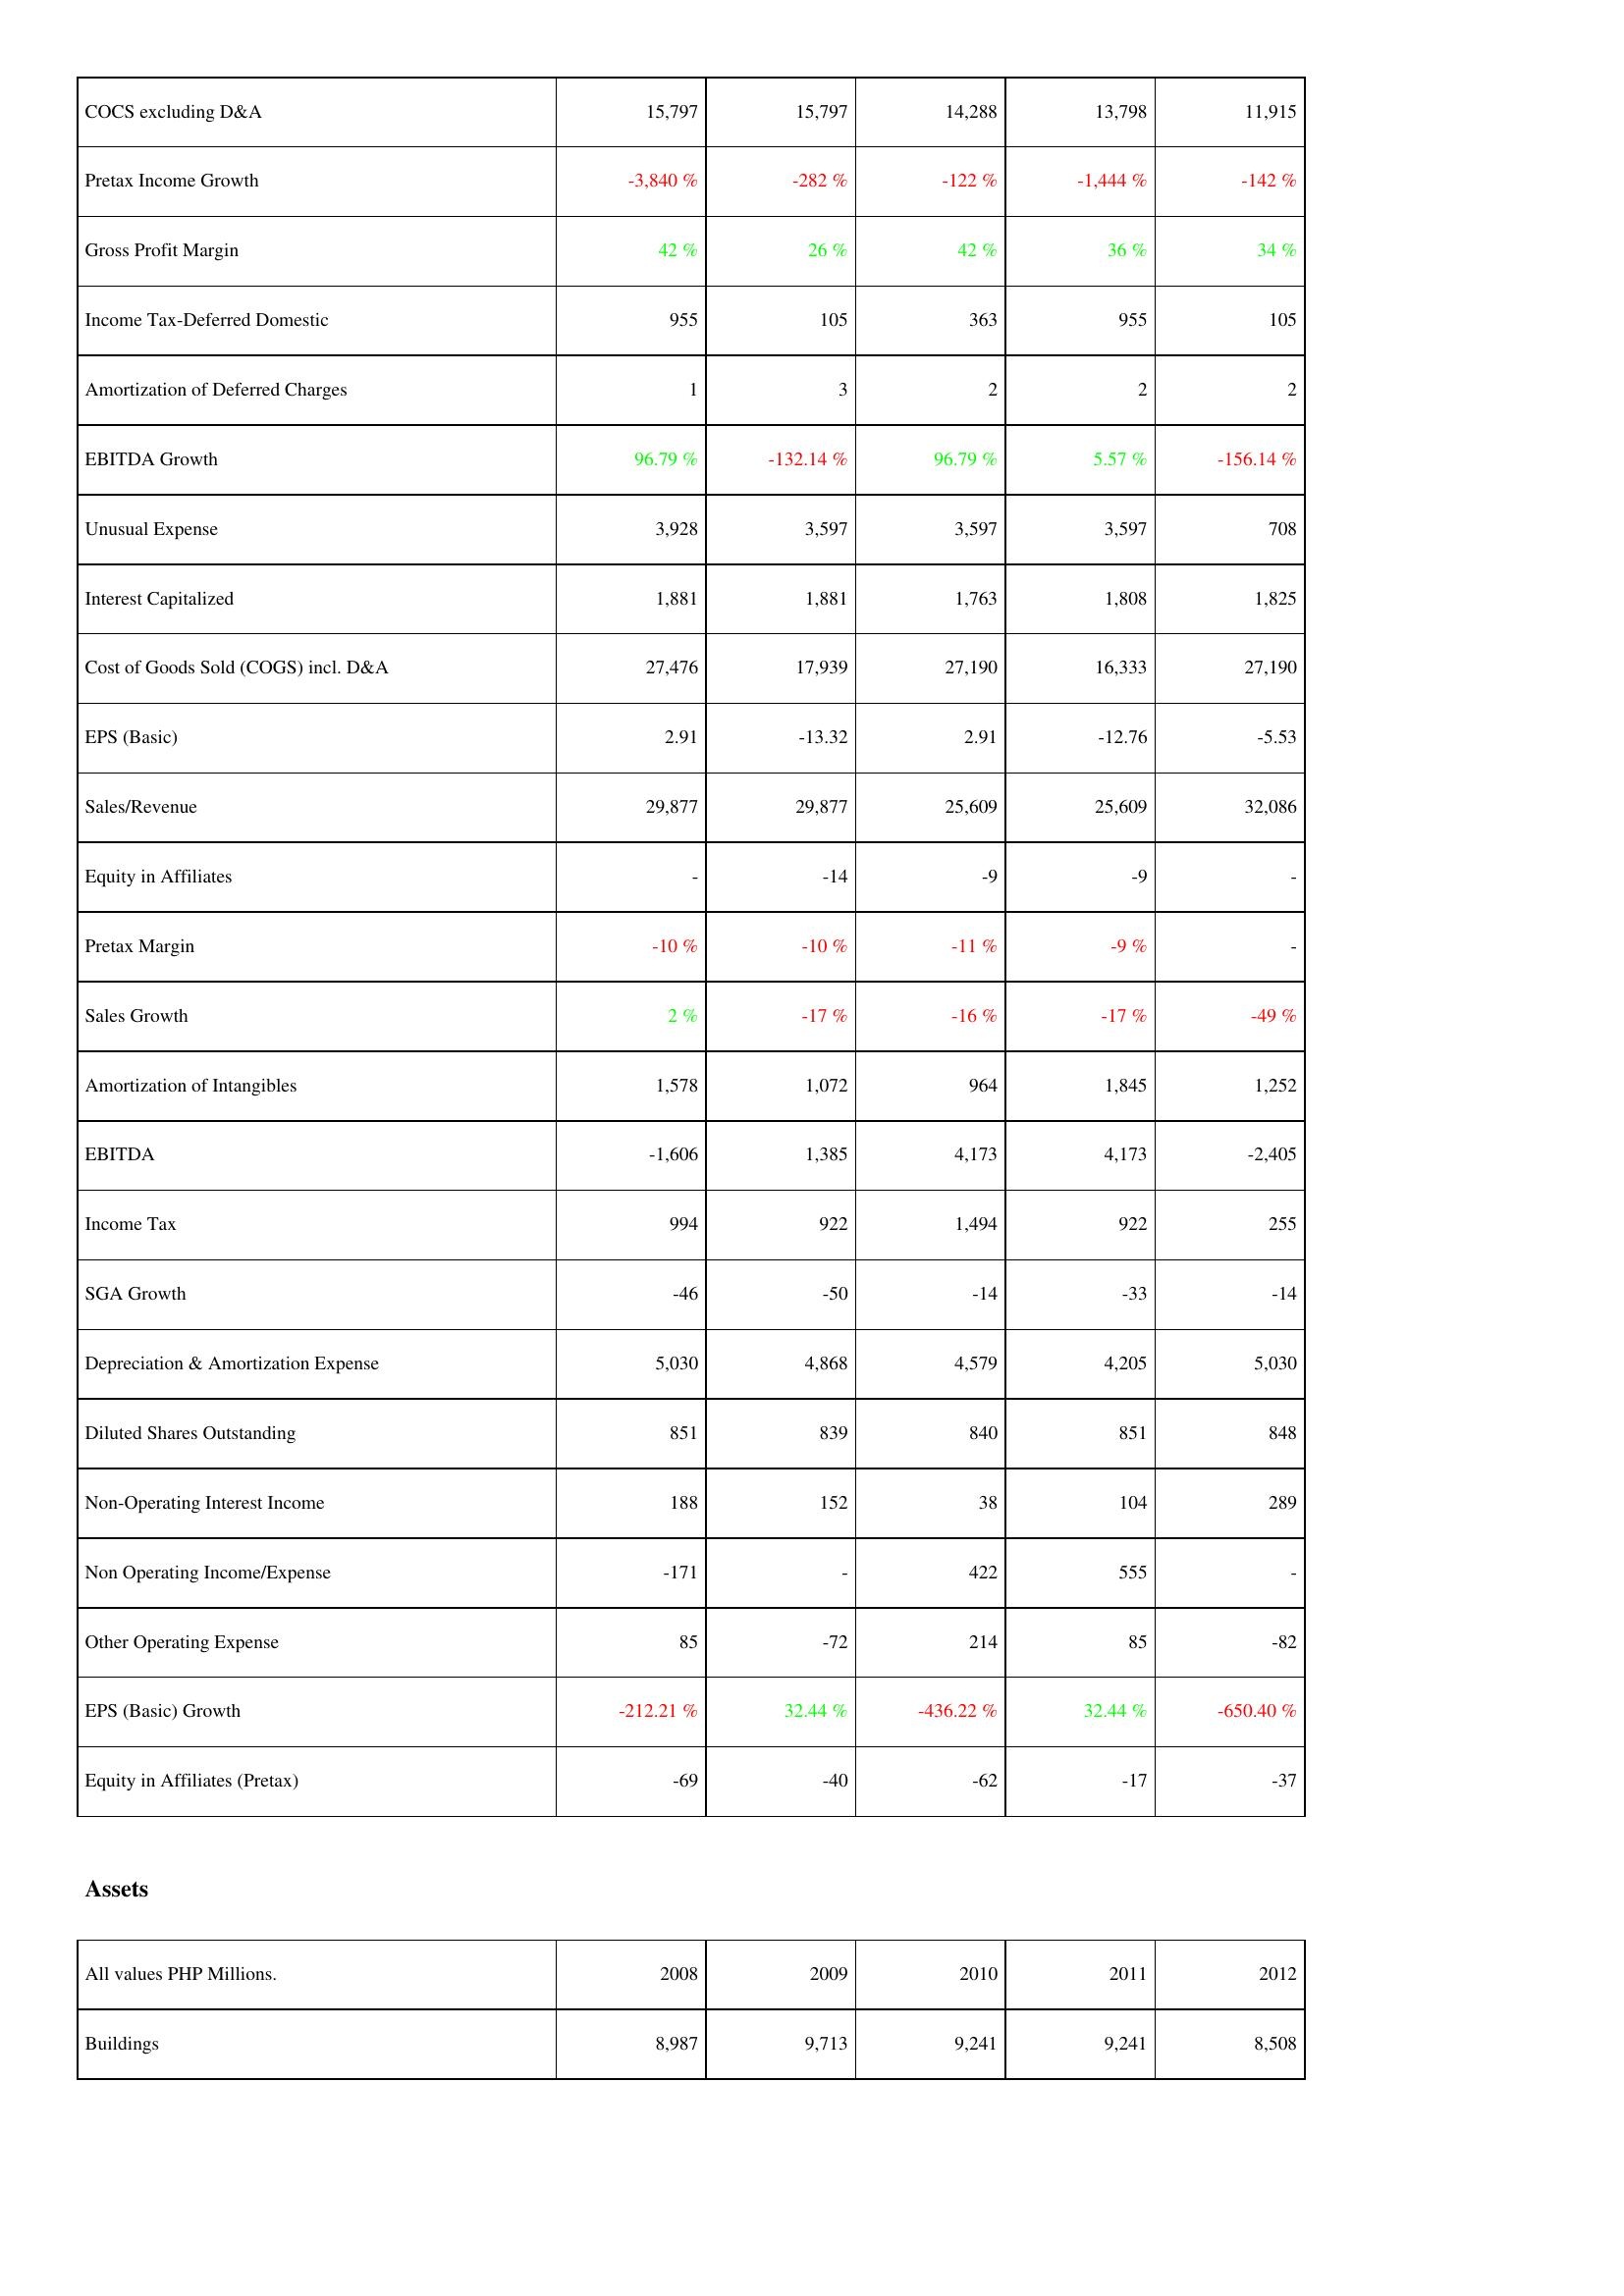
2008: Income Statement: COCS excluding D&A: 15,797
Pretax Income Growth: -3,840 %
Gross Profit Margin: 42 %
Income Tax-Deferred Domestic: 955
Amortization of Deferred Charges: 1
EBITDA Growth: 96.79 %
Unusual Expense: 3,928
Interest Capitalized: 1,881
Cost of Goods Sold (COGS) incl. D&A: 27,476
EPS (Basic): 2.91
Sales/Revenue: 29,877
Equity in Affiliates: -
Pretax Margin: -10 %
Sales Growth: 2 %
Amortization of Intangibles: 1,578
EBITDA: -1,606
Income Tax: 994
SGA Growth: -46
Depreciation & Amortization Expense: 5,030
Diluted Shares Outstanding: 851
Non-Operating Interest Income: 188
Non Operating Income/Expense: -171
Other Operating Expense: 85
EPS (Basic) Growth: -212.21 %
Equity in Affiliates (Pretax): -69
Assets: Buildings: 8,987
2009: Income Statement: COCS excluding D&A: 15,797
Pretax Income Growth: -282 %
Gross Profit Margin: 26 %
Income Tax-Deferred Domestic: 105
Amortization of Deferred Charges: 3
EBITDA Growth: -132.14 %
Unusual Expense: 3,597
Interest Capitalized: 1,881
Cost of Goods Sold (COGS) incl. D&A: 17,939
EPS (Basic): -13.32
Sales/Revenue: 29,877
Equity in Affiliates: -14
Pretax Margin: -10 %
Sales Growth: -17 %
Amortization of Intangibles: 1,072
EBITDA: 1,385
Income Tax: 922
SGA Growth: -50
Depreciation & Amortization Expense: 4,868
Diluted Shares Outstanding: 839
Non-Operating Interest Income: 152
Non Operating Income/Expense: -
Other Operating Expense: -72
EPS (Basic) Growth: 32.44 %
Equity in Affiliates (Pretax): -40
Assets: Buildings: 9,713
2010: Income Statement: COCS excluding D&A: 14,288
Pretax Income Growth: -122 %
Gross Profit Margin: 42 %
Income Tax-Deferred Domestic: 363
Amortization of Deferred Charges: 2
EBITDA Growth: 96.79 %
Unusual Expense: 3,597
Interest Capitalized: 1,763
Cost of Goods Sold (COGS) incl. D&A: 27,190
EPS (Basic): 2.91
Sales/Revenue: 25,609
Equity in Affiliates: -9
Pretax Margin: -11 %
Sales Growth: -16 %
Amortization of Intangibles: 964
EBITDA: 4,173
Income Tax: 1,494
SGA Growth: -14
Depreciation & Amortization Expense: 4,579
Diluted Shares Outstanding: 840
Non-Operating Interest Income: 38
Non Operating Income/Expense: 422
Other Operating Expense: 214
EPS (Basic) Growth: -436.22 %
Equity in Affiliates (Pretax): -62
Assets: Buildings: 9,241
2011: Income Statement: COCS excluding D&A: 13,798
Pretax Income Growth: -1,444 %
Gross Profit Margin: 36 %
Income Tax-Deferred Domestic: 955
Amortization of Deferred Charges: 2
EBITDA Growth: 5.57 %
Unusual Expense: 3,597
Interest Capitalized: 1,808
Cost of Goods Sold (COGS) incl. D&A: 16,333
EPS (Basic): -12.76
Sales/Revenue: 25,609
Equity in Affiliates: -9
Pretax Margin: -9 %
Sales Growth: -17 %
Amortization of Intangibles: 1,845
EBITDA: 4,173
Income Tax: 922
SGA Growth: -33
Depreciation & Amortization Expense: 4,205
Diluted Shares Outstanding: 851
Non-Operating Interest Income: 104
Non Operating Income/Expense: 555
Other Operating Expense: 85
EPS (Basic) Growth: 32.44 %
Equity in Affiliates (Pretax): -17
Assets: Buildings: 9,241
2012: Income Statement: COCS excluding D&A: 11,915
Pretax Income Growth: -142 %
Gross Profit Margin: 34 %
Income Tax-Deferred Domestic: 105
Amortization of Deferred Charges: 2
EBITDA Growth: -156.14 %
Unusual Expense: 708
Interest Capitalized: 1,825
Cost of Goods Sold (COGS) incl. D&A: 27,190
EPS (Basic): -5.53
Sales/Revenue: 32,086
Equity in Affiliates: -
Pretax Margin: -
Sales Growth: -49 %
Amortization of Intangibles: 1,252
EBITDA: -2,405
Income Tax: 255
SGA Growth: -14
Depreciation & Amortization Expense: 5,030
Diluted Shares Outstanding: 848
Non-Operating Interest Income: 289
Non Operating Income/Expense: -
Other Operating Expense: -82
EPS (Basic) Growth: -650.40 %
Equity in Affiliates (Pretax): -37
Assets: Buildings: 8,508